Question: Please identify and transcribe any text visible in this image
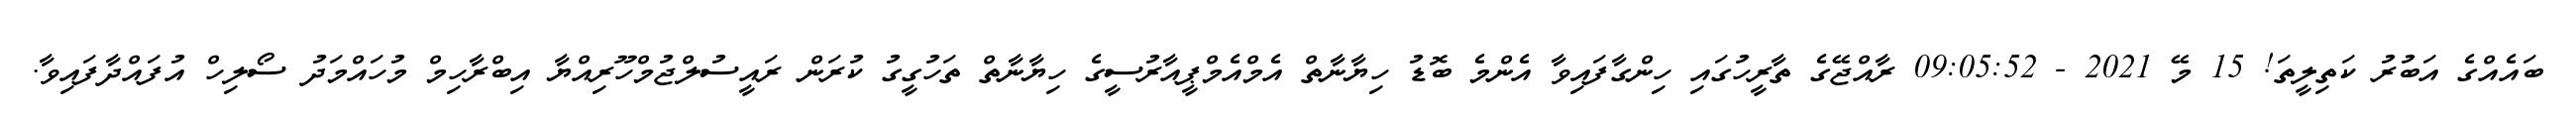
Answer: ބައެއްގެ އަބުރު ކަތިލީތަ! 15 މޭ 2021 - 09:05:52 ރާއްޖޭގެ ތާރީހުގައި ހިންގާފައިވާ އެންމެ ބޮޑު ހިޔާނާތް އެމްއެމްޕީއާރުސީގެ ހިޔާނާތް ތަހުގީގު ކުރަން ރައީސުލްޖުމްހޫރިއްޔާ އިބްރާހިމް މުހައްމަދު ސޯލިހް އުފައްދާފައިވާ.